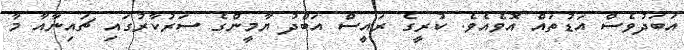
އަބަދުވެސް އަޑުތައް އޮވެއެވެ. ކުރީގެ ރައީސް އަބްދު ޔާމީންގެ ސަރުކާރުގައި ޗައިނާއާ މާ